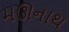
મઊનાથ